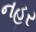
નહર